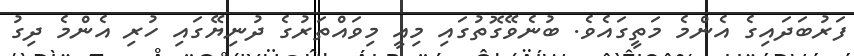
ފަރުބަދައިގެ އެންމެ މަތީގައެވެ. ބުނެވޭގޮތުގައި މިއީ މިވައްތަރުގެ ދުނިޔޭގައި ހުރި އެންމެ ދިގު